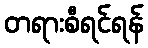
တရားစီရင်ရန်